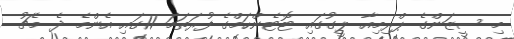
މި ސީޒަންގެ ޕްރިމިއާ ލީގުގައި ޓޮޓެންހަމްގެ ފުރަތަމަ 11ގައި އެންމެ ދެ މެޗު